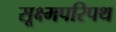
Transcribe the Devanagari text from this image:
सूक्ष्मपरिपथ